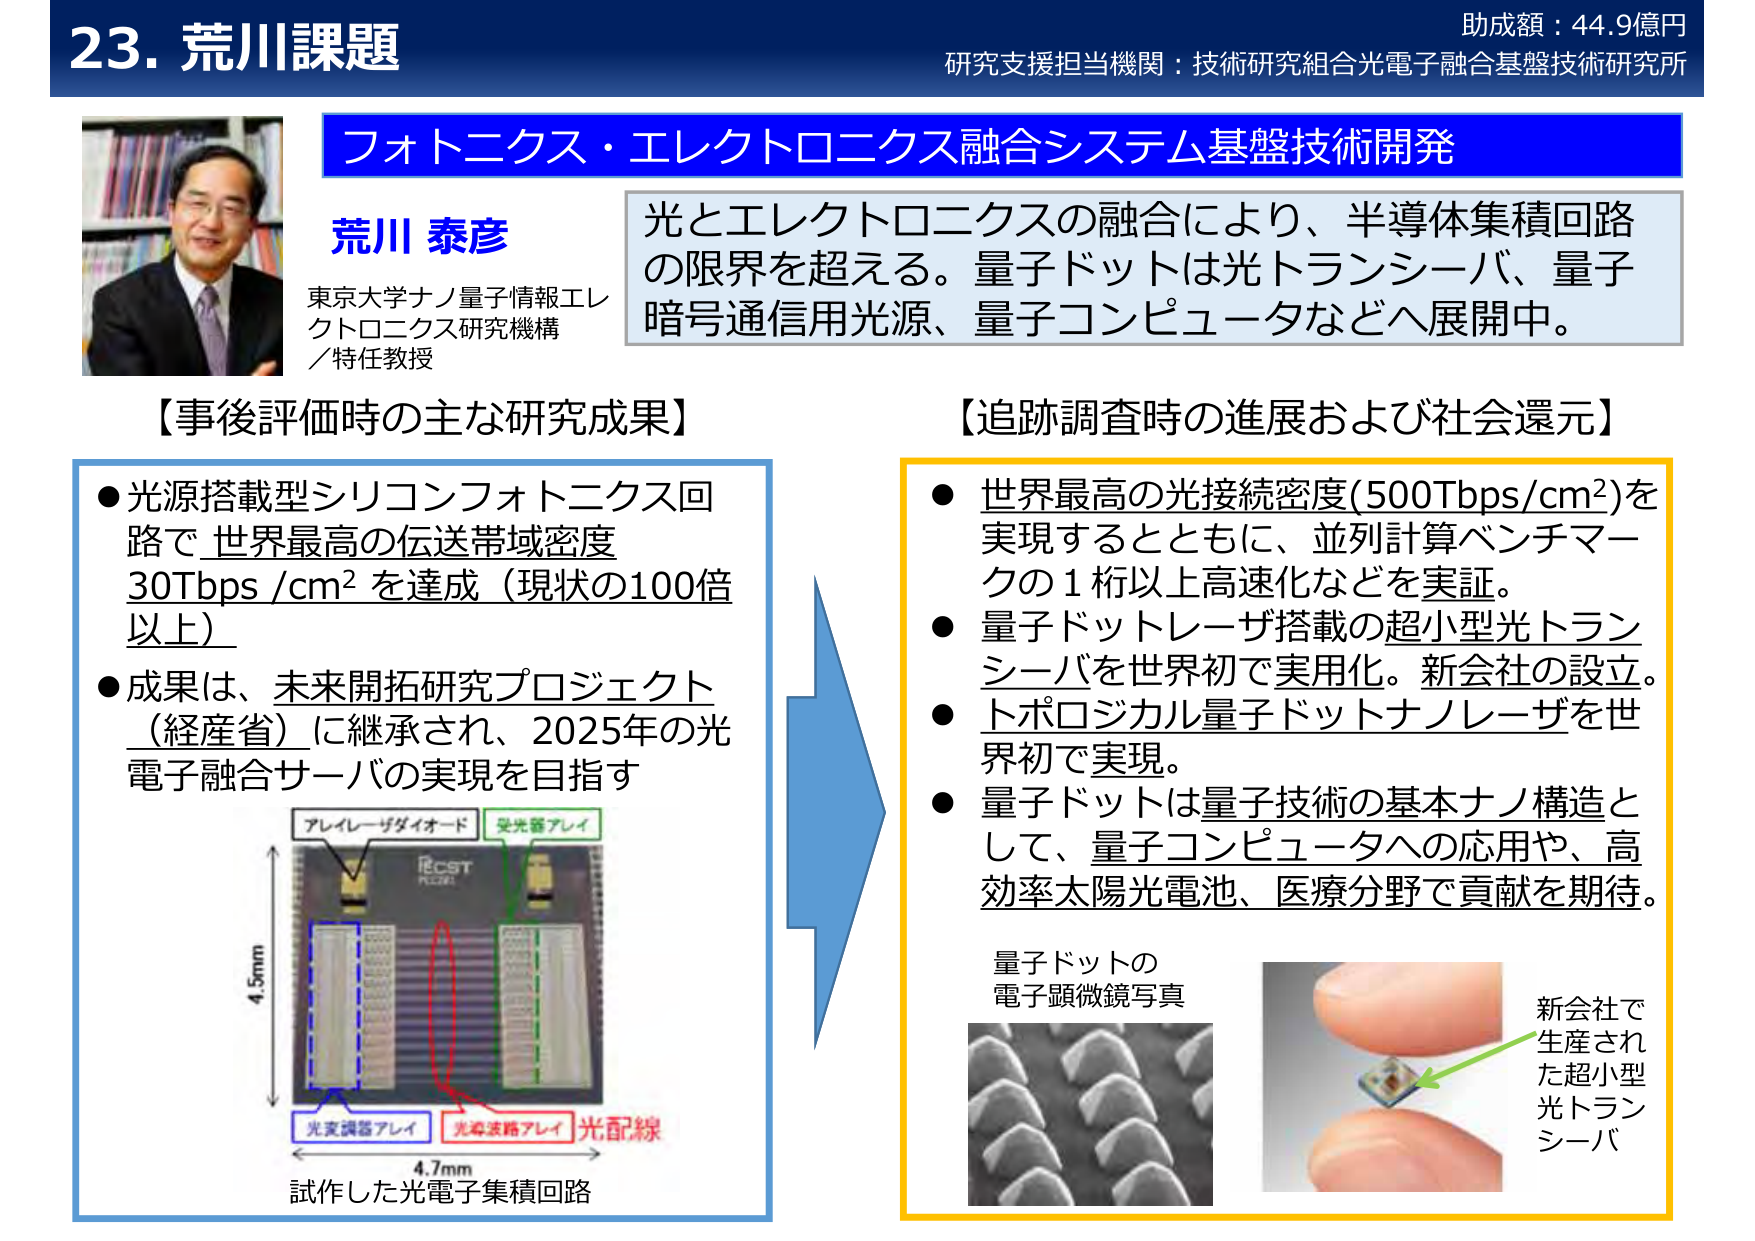
23. 荒川課題
助成額：44.9億円
研究支援担当機関：技術研究組合光電子融合基盤技術研究所

フォトニクス・エレクトロニクス融合システム基盤技術開発

荒川 泰彦
東京大学ナノ量子情報エレクトロニクス研究機構
／特任教授

光とエレクトロニクスの融合により、半導体集積回路の限界を超える。量子ドットは光トランシーバ、量子暗号通信用光源、量子コンピュータなどへ展開中。

【事後評価時の主な研究成果】
● 光源搭載型シリコンフォトニクス回路で 世界最高の伝送帯域密度 30Tbps /cm² を達成（現状の100倍以上）
● 成果は、未来開拓研究プロジェクト（経産省）に継承され、2025年の光電子融合サーバの実現を目指す

アレイレーザダイオード
受光器アレイ
光変調器アレイ
光導波路アレイ
光配線
4.5mm
4.7mm
試作した光電子集積回路

【追跡調査時の進展および社会還元】
● 世界最高の光接続密度(500Tbps/cm²)を実現するとともに、並列計算ベンチマークの1桁以上高速化などを実証。
● 量子ドットレーザ搭載の超小型光トランシーバを世界初で実用化。新会社の設立。
● トポロジカル量子ドットナノレーザを世界初で実現。
● 量子ドットは量子技術の基本ナノ構造として、量子コンピュータへの応用や、高効率太陽光電池、医療分野で貢献を期待。

量子ドットの電子顕微鏡写真
新会社で生産された超小型光トランシーバ